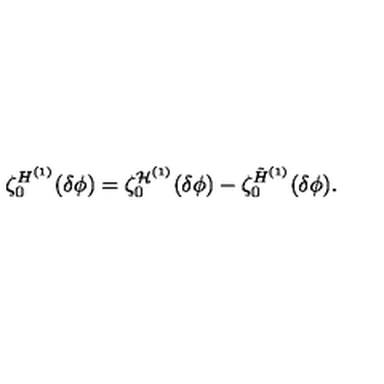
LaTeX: \zeta _ { 0 } ^ { H ^ { ( 1 ) } } ( \delta \phi ) = \zeta _ { 0 } ^ { { \cal H } ^ { ( 1 ) } } ( \delta \phi ) - \zeta _ { 0 } ^ { \tilde { H } ^ { ( 1 ) } } ( \delta \phi ) .